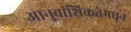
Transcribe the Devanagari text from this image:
आनुवांशिकतेमधून